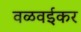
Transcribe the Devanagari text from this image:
वळवईकर